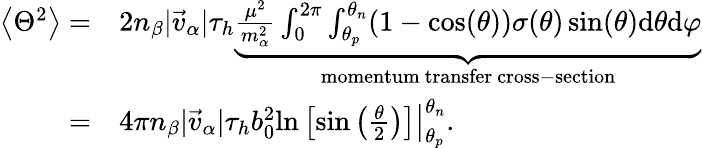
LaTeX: \begin{array}{rl}{\left\langle{{\Theta}^{2}}\right\rangle=}&{2n_{\beta}|\vec{v}_{\alpha}|\tau_{h}\underbrace{\frac{\mu^{2}}{m_{\alpha}^{2}}\int_{0}^{2\pi}\int_{\theta_{p}}^{\theta_{n}}(1-\cos(\theta))\sigma(\theta)\sin(\theta)\mathrm{d}\theta\mathrm{d}\varphi}_{\mathrm{momentum~transfer~cross-section}}}\\ {=}&{4\pi n_{\beta}|\vec{v}_{\alpha}|\tau_{h}b_{0}^{2}\left.\ln\left[\sin\left(\frac{\theta}{2}\right)\right]\right|_{\theta_{p}}^{\theta_{n}}.}\end{array}